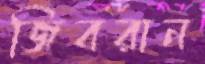
জিবরান